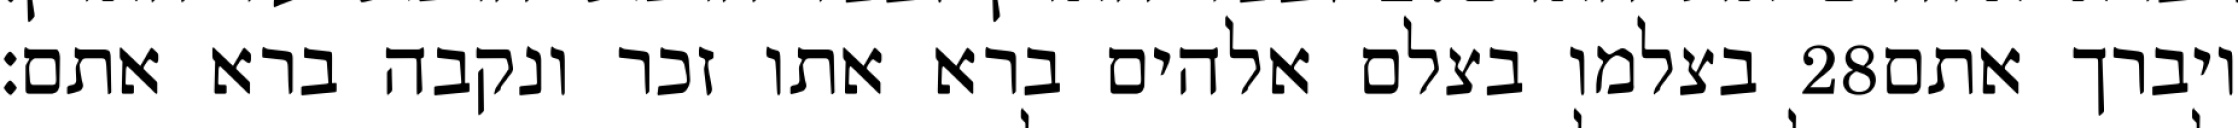
בצלמו בצלם אלהים ברא אתו זכר ונקבה ברא אתם׃ ‎28‏ ויברך אתם